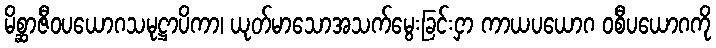
မိစ္ဆာဇီဝပယောဂသမုဋ္ဌာပိကာ၊ ယုတ်မာသောအသက်မွေးခြင်းငှာ ကာယပယောဂ ဝစီပယောဂကို